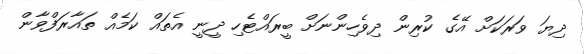
ދިޔަ ވަރަކަށް އޭގެ ކުރިން ދިވެހިންނަށް ބީރައްޓެހި ދީނީ އެތައް ކަމެއް ތައާރަފްވާން